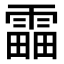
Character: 𩄣